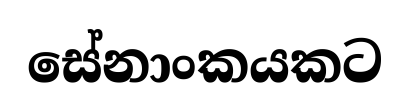
සේනාංකයකට